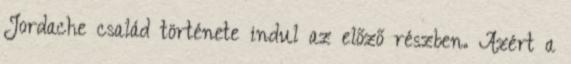
Jordache család története indul az előző részben. Azért a